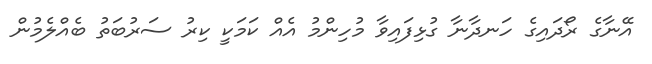
އޭނާގެ ރޯދައިގެ ހަނދާނާ ގުޅިފައިވާ މުހިންމު އެއް ކަމަކީ ކިރު ސަރުބަތު ބެއްލެމުން